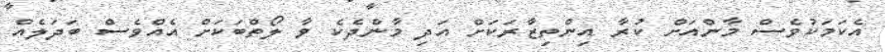
އެކަމަކުވެސް މާންއަށް ކުރާ އިންތިޒާރަކަށް އަދި މާންދެކެ ވާ ލޯތްބަކަށް އެއްވެސް ބަދަލެއް